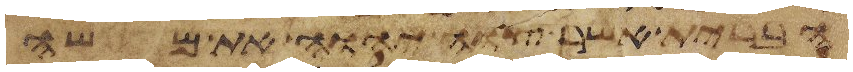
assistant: הברית אשר צוה יהוה את משה